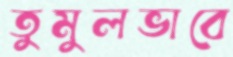
তুমুলভাবে